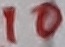
Text: 10